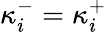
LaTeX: \kappa_{i}^{-}=\kappa_{i}^{+}